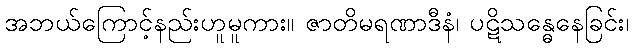
အဘယ်ကြောင့်နည်းဟူမူကား။ ဇာတိမရဏာဒီနံ၊ ပဋိသန္ဓေနေခြင်း၊